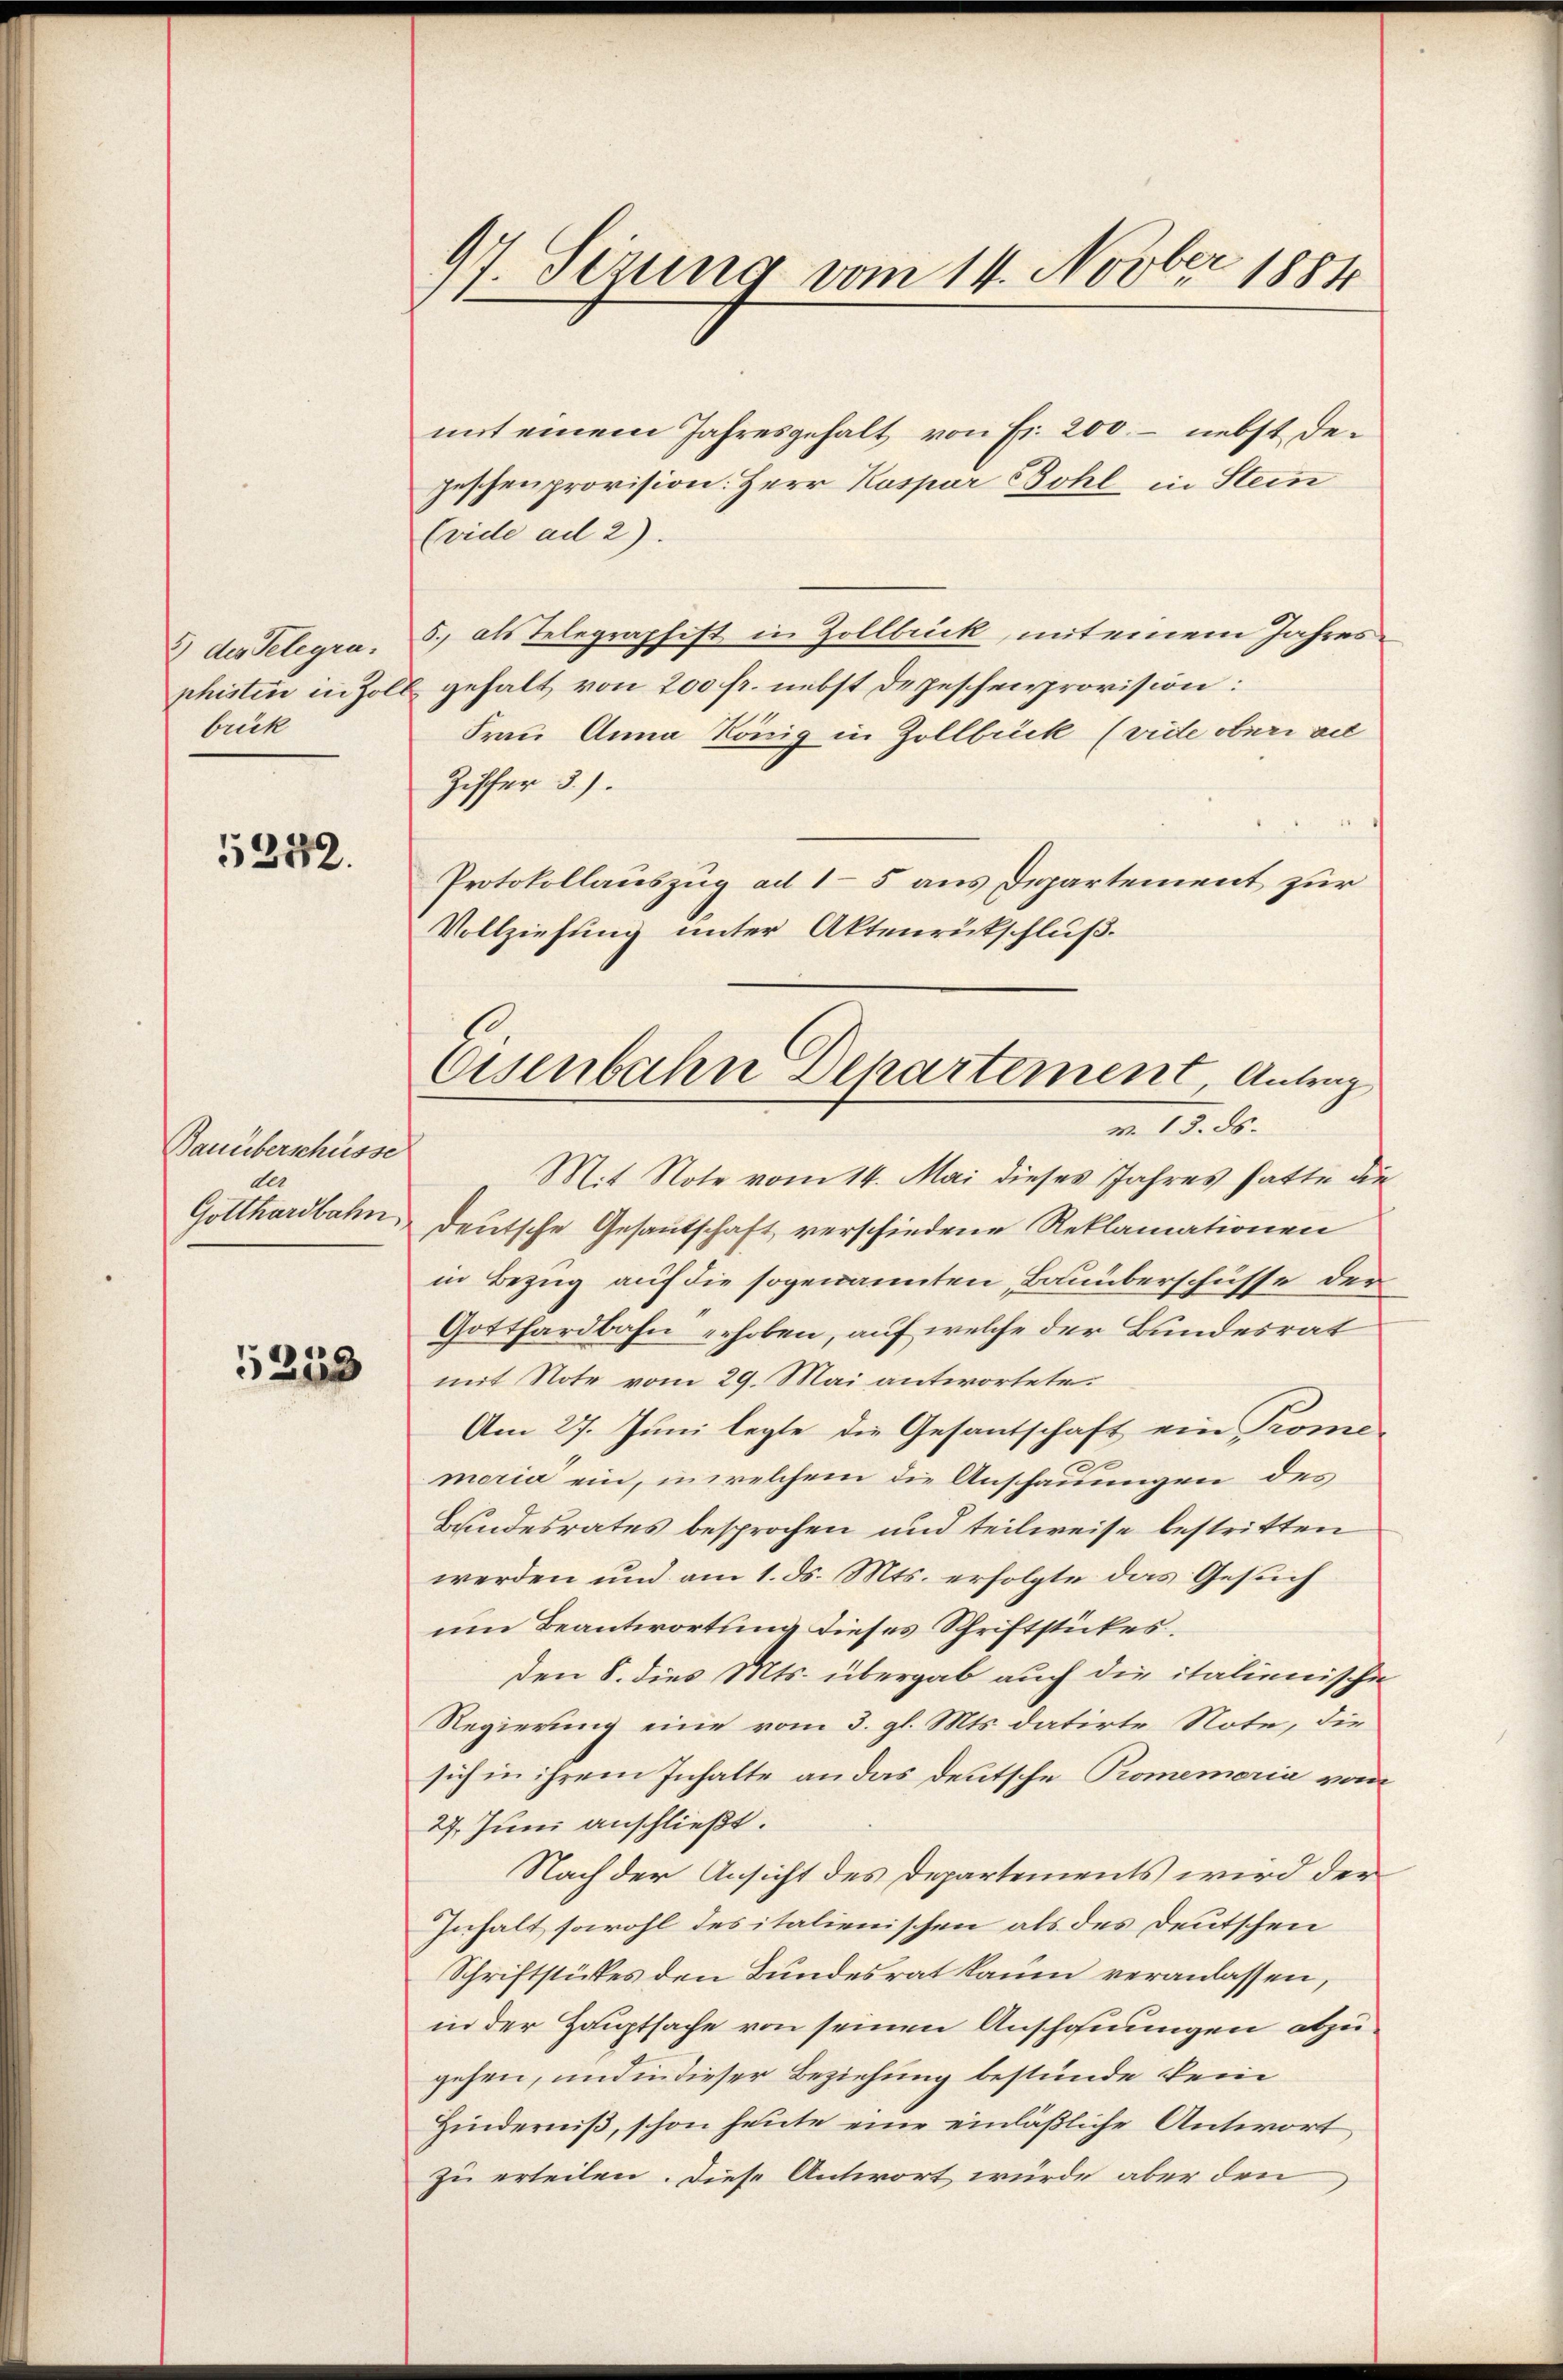
2 des Telegra
brück

5252.

Bauüberschüsse
ter
Gotthardbahn

5253

97. Serung vom 14. Novber 1884

mit einem Jahresgehalt von Fr. 200 - nebst degeschenprovision. Herr Kaspar Bohl in Stein
(vide ad 2).
5. als Telegraphist in Zollbrick, mit einem Jahresphistin in Zoll gehalt von 200 fr. nebst Depeschenprovision:
Frau Anna König in Zollbrück (vide oberi ait
Ziffer 3.).
Protokollauszug ad 15 aus Departement zur
Vollziehung unter Aktenrückschluß.
Mit Note vom 14. Mai dieses Jahres hatte die
deutsche Gesautschaft verschiedene Reklamationen
in Bezug auf die sogenannten, „Bauüberschüsse der
Gotthardbahn erhoben, auf welche der Bundesrat
mit Note vom 29. Mai antwortete.
Am 27. Juni legte die Gesantschaft ein Prome
moria ein, in welchem die Anschauungen des
Bundesrates besprochen und teilweise bestritten
werden und am 1. ds. Mts. erfolgte das Gesuch
um Beantwortung dieses Schriftstückes.
den 8. dies Mts. übergab auch die italienische
Regierung eine vom 3. gl. Mts. datirte Note, die
sich in ihrem Inhalte an das deutsche Promemoria vom
27. Juni anschließt.
Nach der Ansicht des Departements wird der
Inhalt sowohl des italienischen als des Deutschen
Schriftstückes den Bundesrat kaum veranlassen,
in der Hauptsache von seinen Anschofnungen abzugehen, und in dieser Beziehung bestünde kein
Hinderniß, schon heute eine einläßliche Antwort
zu erteilen. Diese Antwort würde aber den

Eisenbahn Departement, Antrag
m. 13. ds.